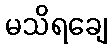
မသိရချေ